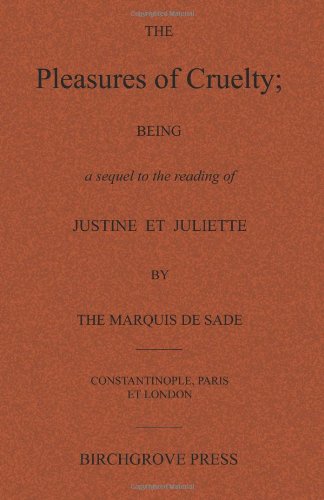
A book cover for The Pleasures of Cruelty; Being a sequel to the reading of Justine et Juliette by the Marquis de Sade; Anonymous; Romance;